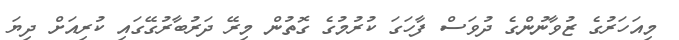
މިއަހަރުގެ ޒުވާނުންގެ ދުވަސް ފާހަގަ ކުރުމުގެ ގޮތުން މިރޭ ދަރުބާރުގޭގައި ކުރިއަށް ދިޔަ